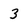
Character: 3